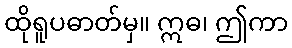
ထိုရူပဓာတ်မှ။ ဣဓ၊ ဤကာ